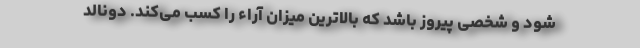
شود و شخصی پیروز باشد که بالاترین میزان آراء را کسب می‌کند. دونالد